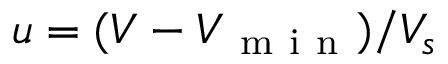
u = ( V - V _ { \mathrm { ~ m ~ i ~ n ~ } } ) / V _ { s }